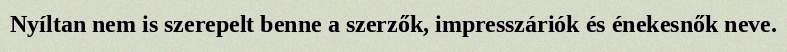
Nyíltan nem is szerepelt benne a szerzők, impresszáriók és énekesnők neve.